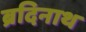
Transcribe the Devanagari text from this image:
ब्रदिनाथ